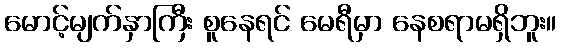
မောင့်မျက်နှာကြီး စူနေရင် မေရီမှာ နေစရာမရှိဘူး။